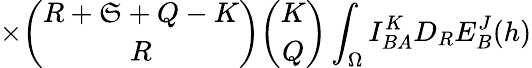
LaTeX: \times{\binom{R+\mathfrak{S}+Q-K}{R}}{\binom{K}{Q}}\int_{\Omega}I_{BA}^{K}D_{R}E_{B}^{J}(h)